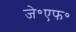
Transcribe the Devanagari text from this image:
जे॰एफ॰